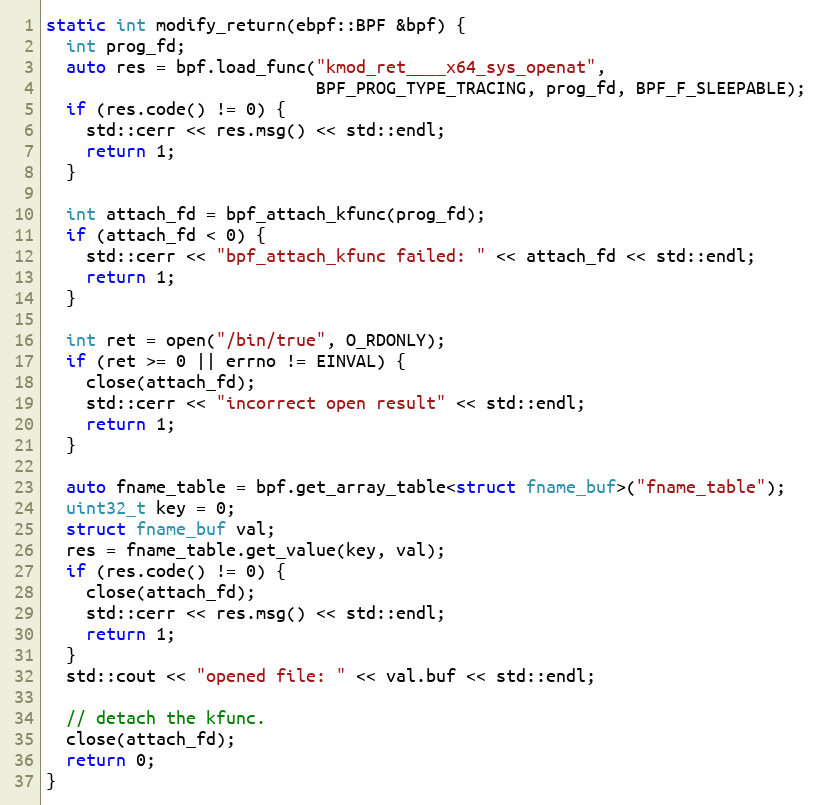
Language: C++
static int modify_return(ebpf::BPF &bpf) {
  int prog_fd;
  auto res = bpf.load_func("kmod_ret____x64_sys_openat",
                           BPF_PROG_TYPE_TRACING, prog_fd, BPF_F_SLEEPABLE);
  if (res.code() != 0) {
    std::cerr << res.msg() << std::endl;
    return 1;
  }

  int attach_fd = bpf_attach_kfunc(prog_fd);
  if (attach_fd < 0) {
    std::cerr << "bpf_attach_kfunc failed: " << attach_fd << std::endl;
    return 1;
  }

  int ret = open("/bin/true", O_RDONLY);
  if (ret >= 0 || errno != EINVAL) {
    close(attach_fd);
    std::cerr << "incorrect open result" << std::endl;
    return 1;
  }

  auto fname_table = bpf.get_array_table<struct fname_buf>("fname_table");
  uint32_t key = 0;
  struct fname_buf val;
  res = fname_table.get_value(key, val);
  if (res.code() != 0) {
    close(attach_fd);
    std::cerr << res.msg() << std::endl;
    return 1;
  }
  std::cout << "opened file: " << val.buf << std::endl;

  // detach the kfunc.
  close(attach_fd);
  return 0;
}